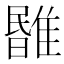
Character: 𩀃